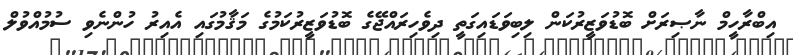
އިބްރާހީމް ނާޞިރަށް ބޮޑުވަޒީރުކަން ލިބިވަޑައިގަތީ ދިވެހިރައްޖޭގެ ބޮޑުވަޒީރުކަމުގެ މަޤާމުގައި އެއިރު ހުންނެވި ސުމުއްވުލް